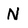
Character: N